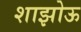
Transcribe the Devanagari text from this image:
शाझोऊ